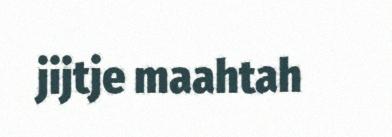
jijtje maahtah